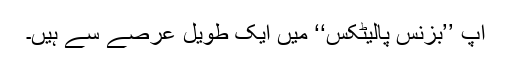
آپ ’’بزنس پالیٹکس‘‘ میں ایک طویل عرصے سے ہیں۔